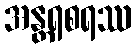
အန္တရစရဿ